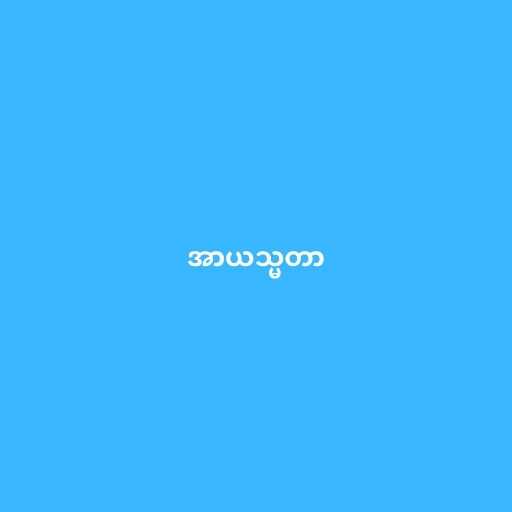
အာယသ္မတာ